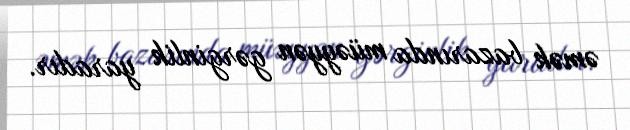
əmək bazarında müəyyən gərginlik yaradır.